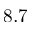
8 . 7